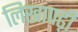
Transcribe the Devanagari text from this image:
लिखापढ़ी